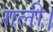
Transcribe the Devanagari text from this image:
गली।